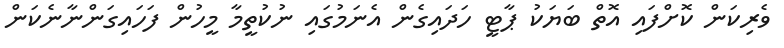
ވެރިކަން ކޮށްފައި އޮތް ބަޔަކު ޕާޓީ ހަދައިގެން އެނަމުގައި ނުކުތީމާ މީހުން ފަހައިގަންނާނެކަން